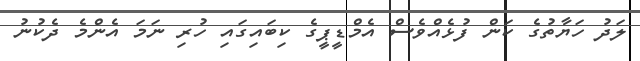
ލަދު ހަޔާތުގެ ކަން ފުޅެއްވެސް އެމްޑީޕީގެ ކިބައިގައި ހުރި ނަމަ އެންމެ ދެކުނު